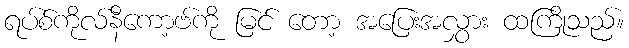
ရပ်စ်ကိုလ်နီကော့ဗ်ကို မြင် တော့ အပြေးအလွှား ထကြိုသည်။